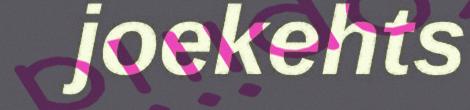
joekehts